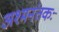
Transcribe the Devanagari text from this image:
अश्‍मनंतकः